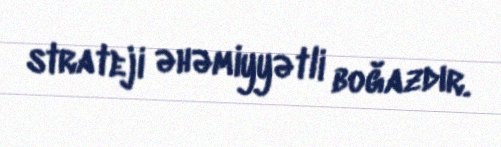
strateji əhəmiyyətli boğazdır.